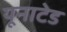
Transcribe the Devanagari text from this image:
यूनाटेड